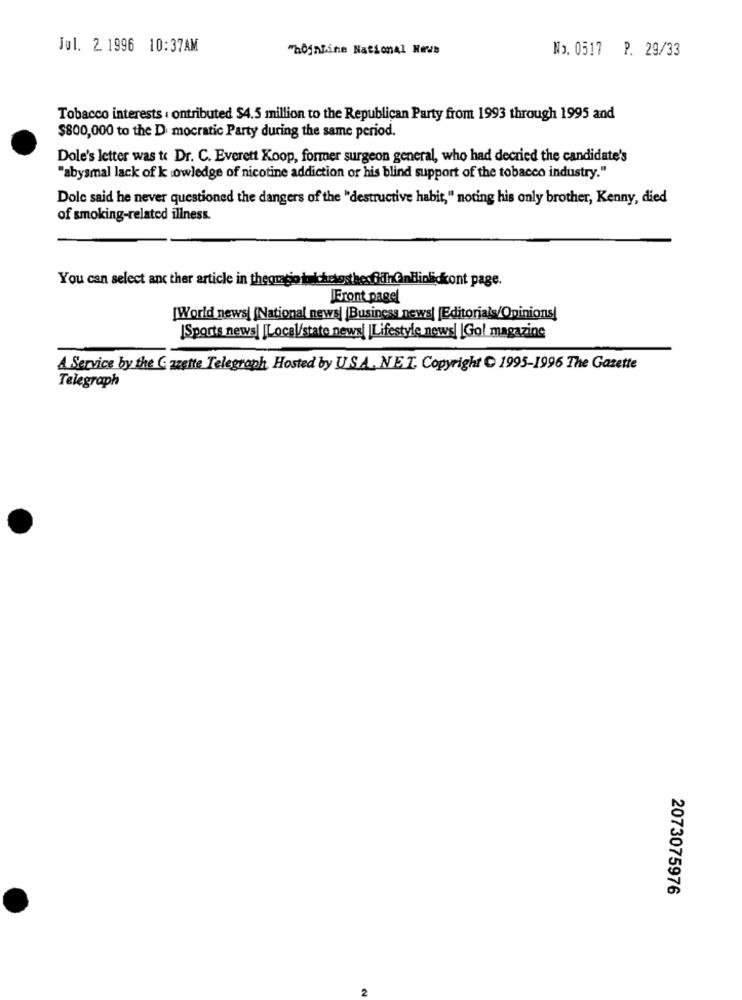
Jul. 2. 1996 10:37AM
"hojnline National News
No. 0517 P. 29/33
Tobacco interests : ontributed $4.5 million to the Republican Party from 1993 through 1995 and
$800,000 to the D mocratic Party during the same period.
Dole's letter was to Dr. C. Everett Koop, former surgeon general, who had decried the candidate's
"abysmal lack of k :owledge of nicotine addiction or his blind support of the tobacco industry."
Dole said he never questioned the dangers of the "destructive habit," noting his only brother, Kenny, died
of smoking-related illness.
You can select anc ther article in theomagio tukchelosthedidnGnilinlickont page.
Front pagel
[World news| [National news| |Business news| [Editorials/Opinions!
[Sports news] [Local/state news| |Lifestyle news| |Gol magazine
A Service by the Gazette Telegraph Hosted by U.S.A. NET. Copyright 1995-1996 The Gazette
Telegraph
2073075976